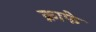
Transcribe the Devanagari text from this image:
क्नाफे